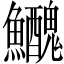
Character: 𩽤